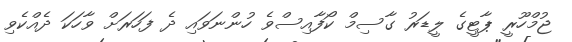
ޖުމްހޫރީ ޕާޓީގެ ލީޑަރު ގާސިމް ކޯފާއިސްވެ ހުންނަވައި ދެ ފަހަރަށް ވާހަކަ ދެއްކެވި